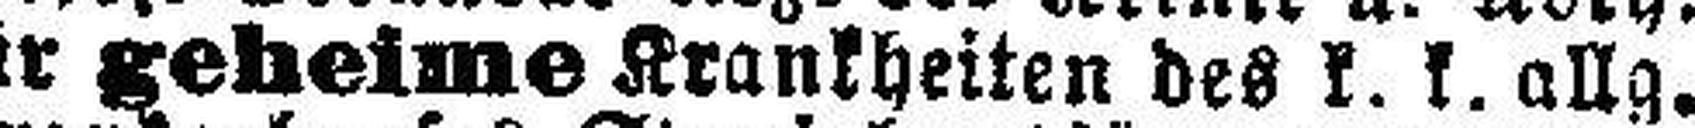
für geheime Krankheiten des k. k. allg.